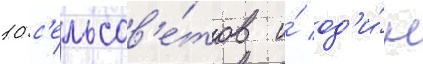
10 с'ельсов'е́тов и́ од'и́н